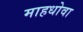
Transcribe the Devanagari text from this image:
माहधोवा